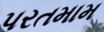
પરતમામ